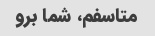
متاسفم، شما برو